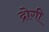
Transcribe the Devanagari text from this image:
द्रोगी